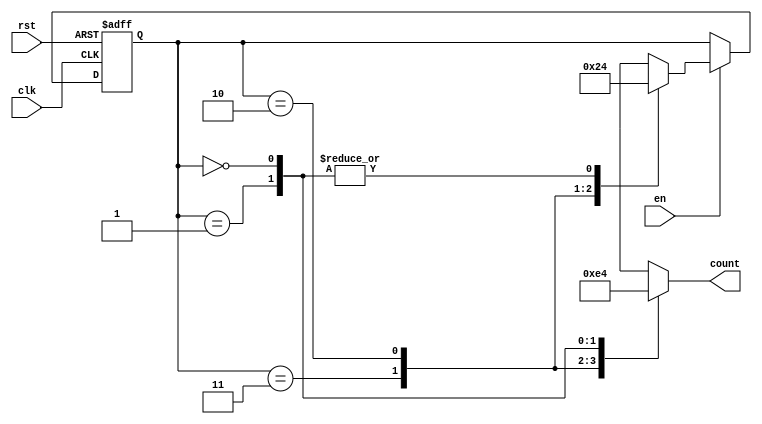
module down_counter_moore (
    input wire clk,       // Clock signal
    input wire rst,       // Asynchronous reset signal
    input wire en,        // Enable signal
    output reg [1:0] count // 2-bit output representing the current count
);

    // State encoding
    localparam S3 = 2'b11; // State 3
    localparam S2 = 2'b10; // State 2
    localparam S1 = 2'b01; // State 1
    localparam S0 = 2'b00; // State 0

    // State variable
    reg [1:0] current_state;

    // Sequential logic: state transitions
    always @(posedge clk or posedge rst) begin
        if (rst) begin
            current_state <= S3; // Reset to maximum state
        end else if (en) begin
            // Transition to the next lower state if enabled
            case (current_state)
                S3: current_state <= S2;
                S2: current_state <= S1;
                S1: current_state <= S0;
                S0: current_state <= S0; // Remain in S0
                default: current_state <= S3; // Default case
            endcase
        end
    end

    // Output logic: output is determined solely by the current state
    always @(*) begin
        case (current_state)
            S3: count = 2'b11; // Output for State 3
            S2: count = 2'b10; // Output for State 2
            S1: count = 2'b01; // Output for State 1
            S0: count = 2'b00; // Output for State 0
            default: count = 2'b11; // Default output
        endcase
    end

endmodule